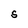
Character: S